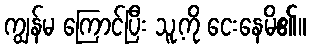
ကျွန်မ ကြောင်ပြီး သူ့ကို ငေးနေမိ၏။